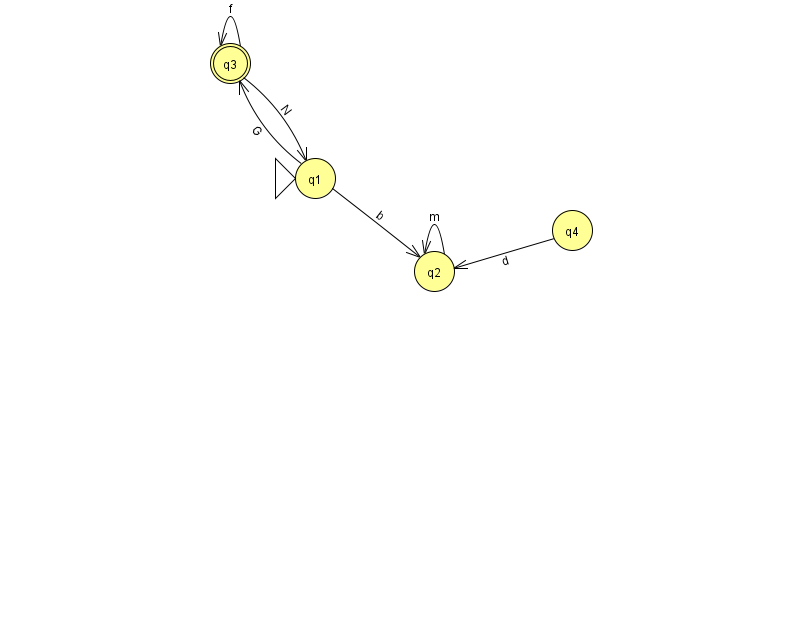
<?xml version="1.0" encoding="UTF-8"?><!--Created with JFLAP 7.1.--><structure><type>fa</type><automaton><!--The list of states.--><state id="1" name="q1"><x>315.0</x><y>165.0</y><initial/></state><state id="2" name="q2"><x>434.0</x><y>258.0</y></state><state id="3" name="q3"><x>230.0</x><y>50.0</y><final/></state><state id="4" name="q4"><x>572.0</x><y>217.0</y></state><!--The list of transitions.--><transition><from>3</from><to>1</to><read>N</read></transition><transition><from>3</from><to>3</to><read>f</read></transition><transition><from>1</from><to>2</to><read>b</read></transition><transition><from>1</from><to>3</to><read>G</read></transition><transition><from>2</from><to>2</to><read>m</read></transition><transition><from>4</from><to>2</to><read>d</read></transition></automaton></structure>